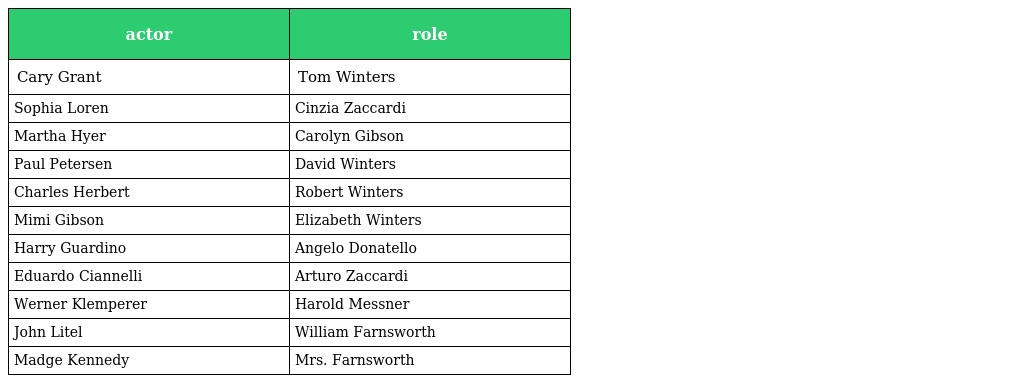
| actor | role |
 | --- | --- |
 | Cary Grant | Tom Winters |
 | Sophia Loren | Cinzia Zaccardi |
 | Martha Hyer | Carolyn Gibson |
 | Paul Petersen | David Winters |
 | Charles Herbert | Robert Winters |
 | Mimi Gibson | Elizabeth Winters |
 | Harry Guardino | Angelo Donatello |
 | Eduardo Ciannelli | Arturo Zaccardi |
 | Werner Klemperer | Harold Messner |
 | John Litel | William Farnsworth |
 | Madge Kennedy | Mrs. Farnsworth |